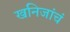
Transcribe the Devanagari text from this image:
खनिजांचं